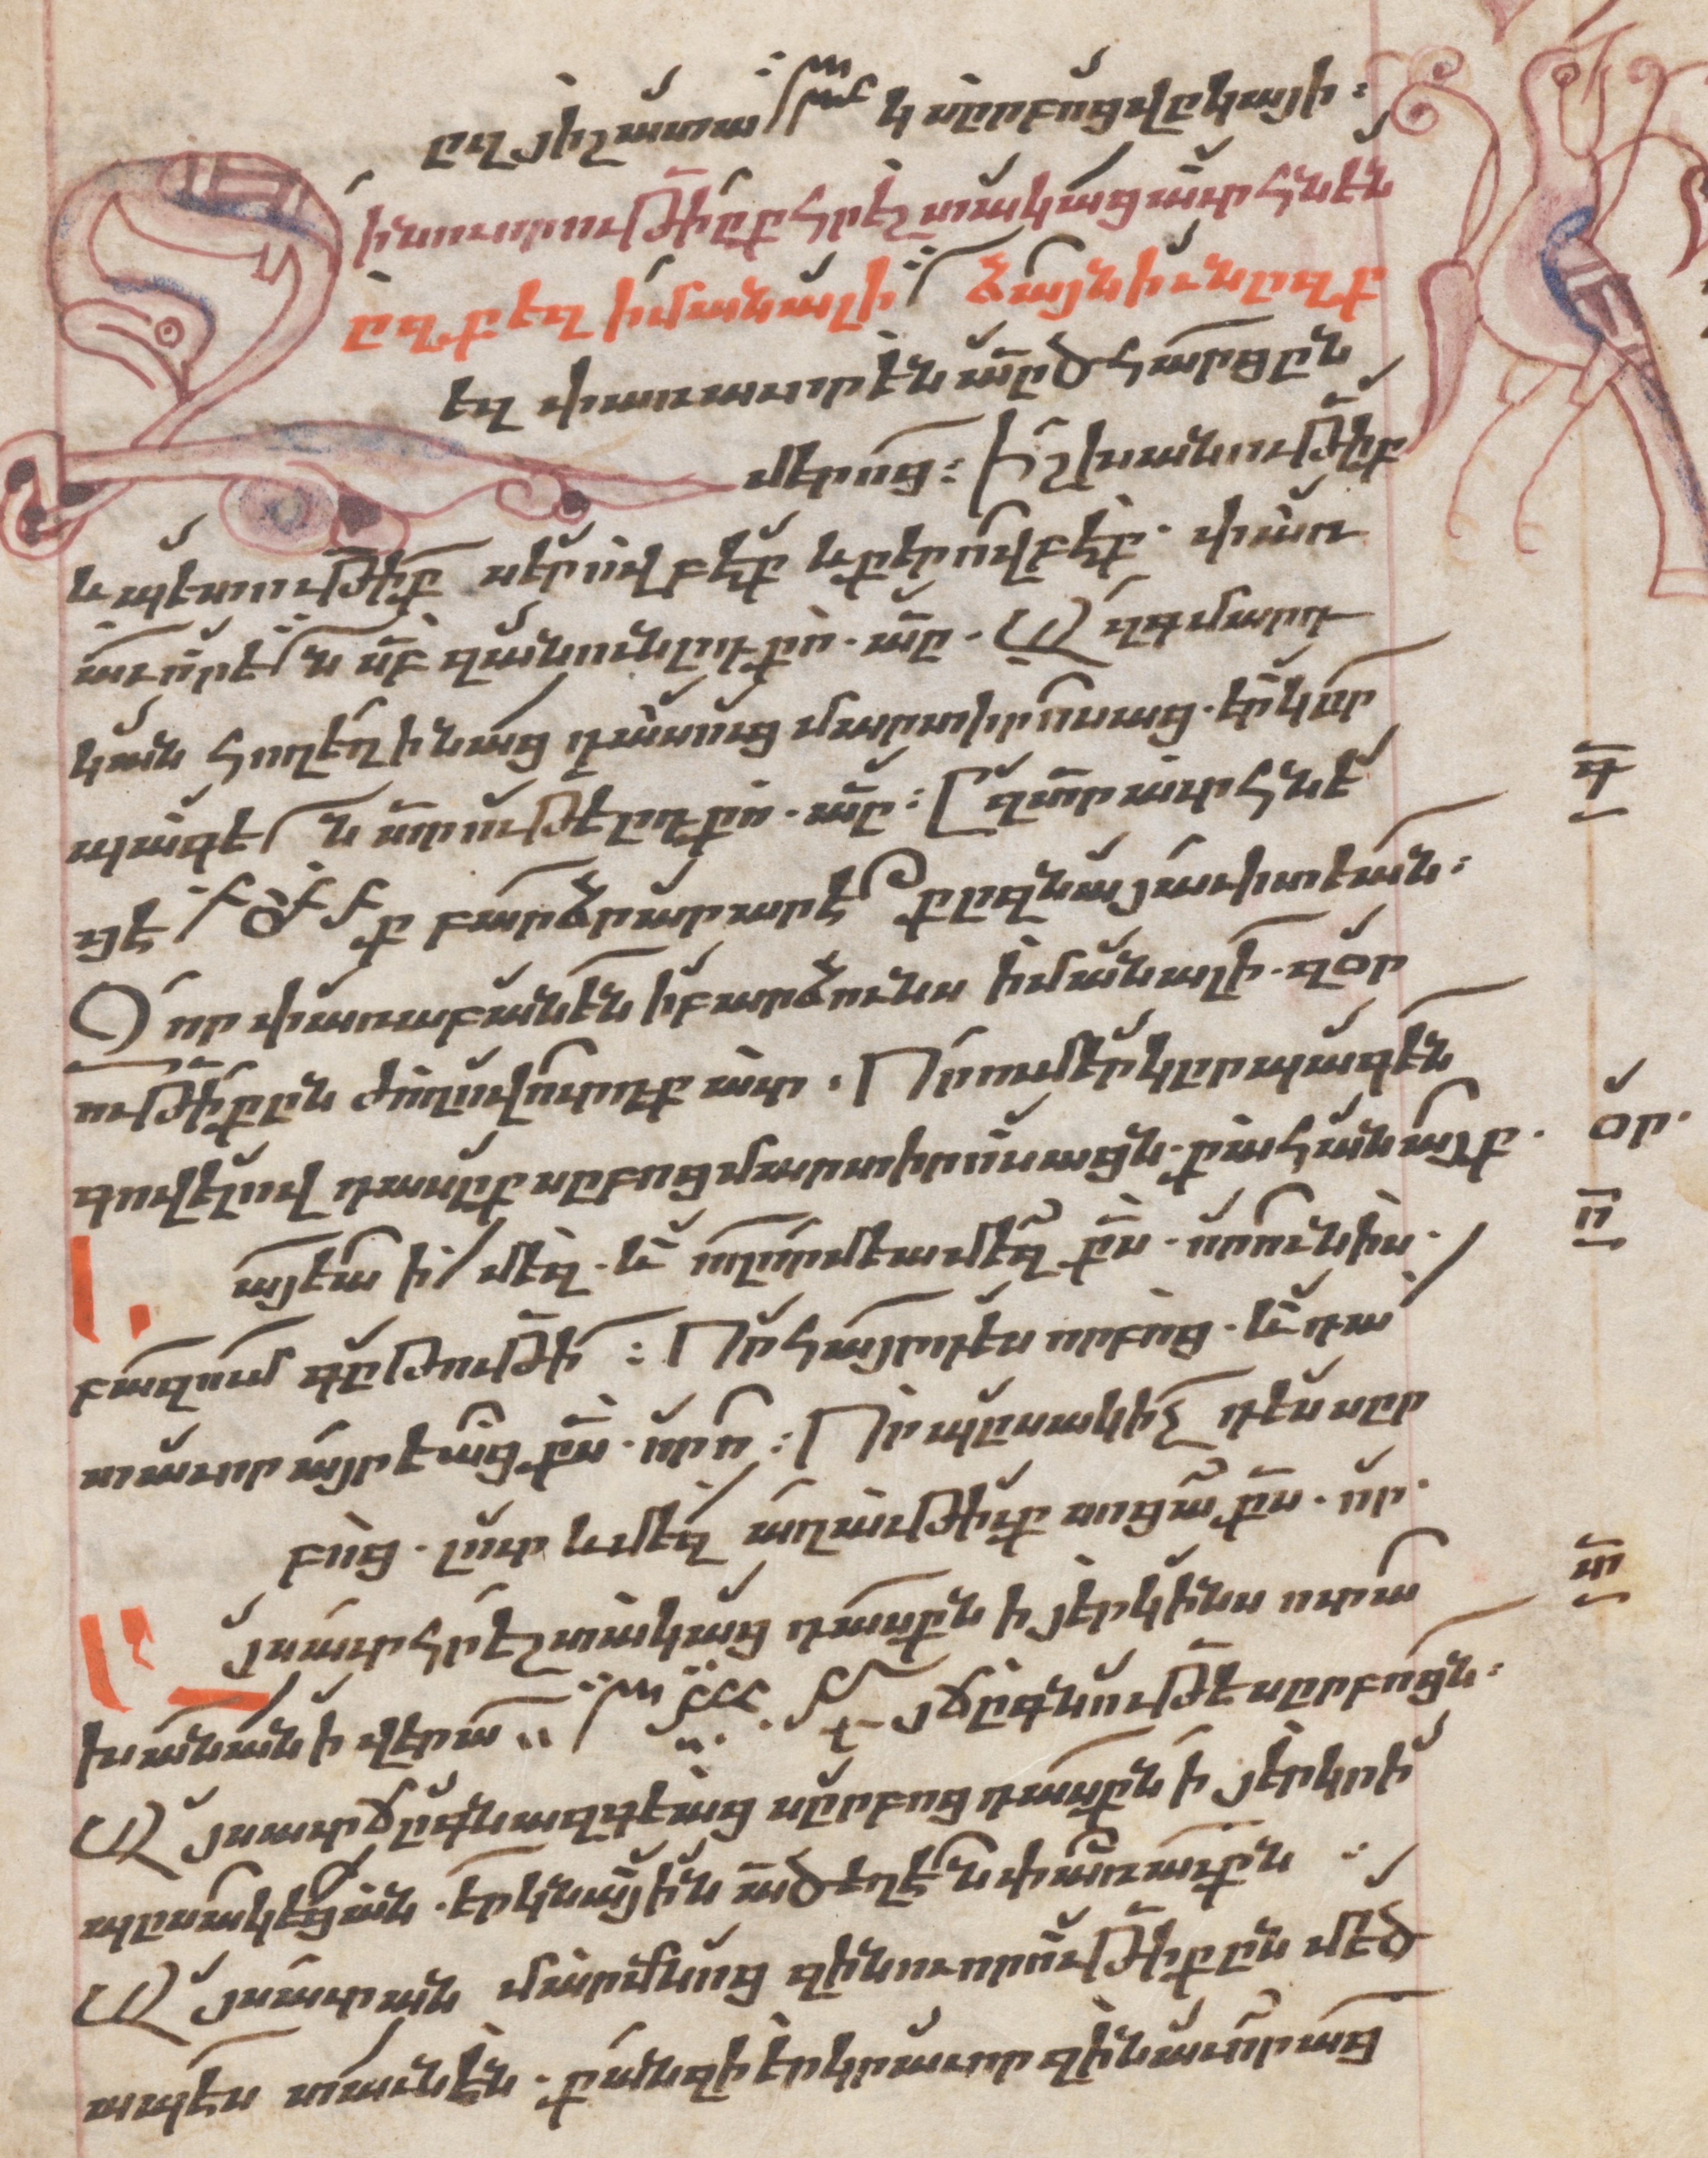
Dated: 1662–1662